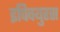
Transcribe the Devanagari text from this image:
इपिक्युरस